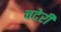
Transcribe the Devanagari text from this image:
चदेरी